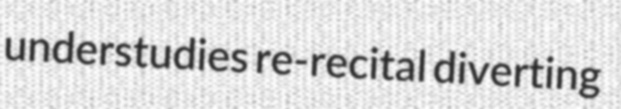
understudies re-recital diverting